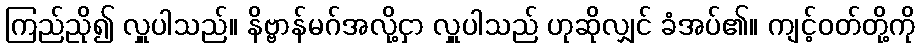
ကြည်ညို၍ လှူပါသည်။ နိဗ္ဗာန်မဂ်အလို့ငှာ လှူပါသည် ဟုဆိုလျှင် ခံအပ်၏။ ကျင့်ဝတ်တို့ကို